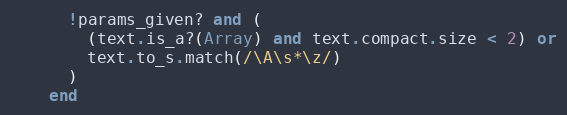
Language: Ruby
      !params_given? and (
        (text.is_a?(Array) and text.compact.size < 2) or
        text.to_s.match(/\A\s*\z/)
      )
    end